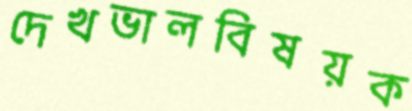
দেখভালবিষয়ক